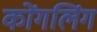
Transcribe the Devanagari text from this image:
कोंगलिंग